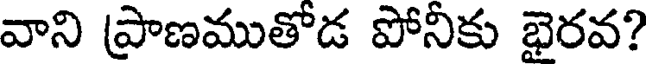
వాని ప్రాణముతోడ పోనీకు భైరవ?